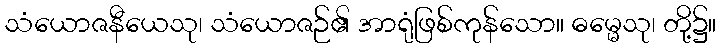
သံယောဇနီယေသု၊ သံယောဇဉ်၏ အာရုံဖြစ်ကုန်သော။ ဓမ္မေသု၊ တို့၌။